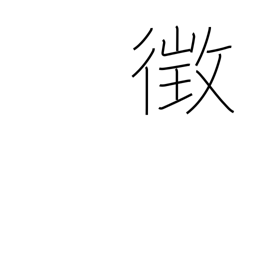
Meaning: sign